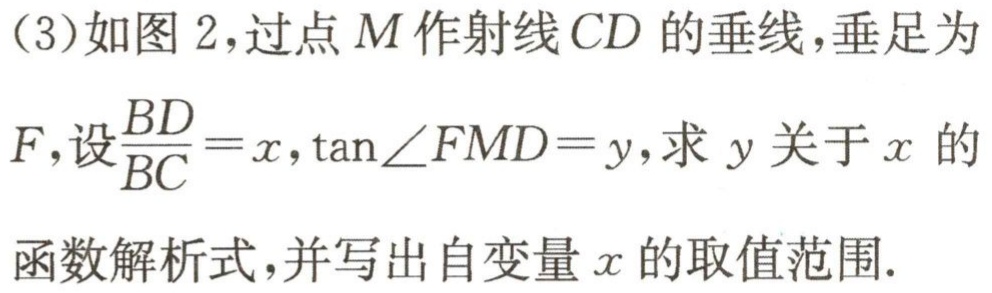
(3)如图 2，过点 \(M\) 作射线 \(CD\) 的垂线，垂足为
\(F\)，设\(\frac{BD}{BC}=x\)，\(\tan\angle FMD = y\)，求 \(y\) 关于 \(x\) 的
函数解析式，并写出自变量 \(x\) 的取值范围.